Jaan_Tonisson_(Lasteleht), lk 540
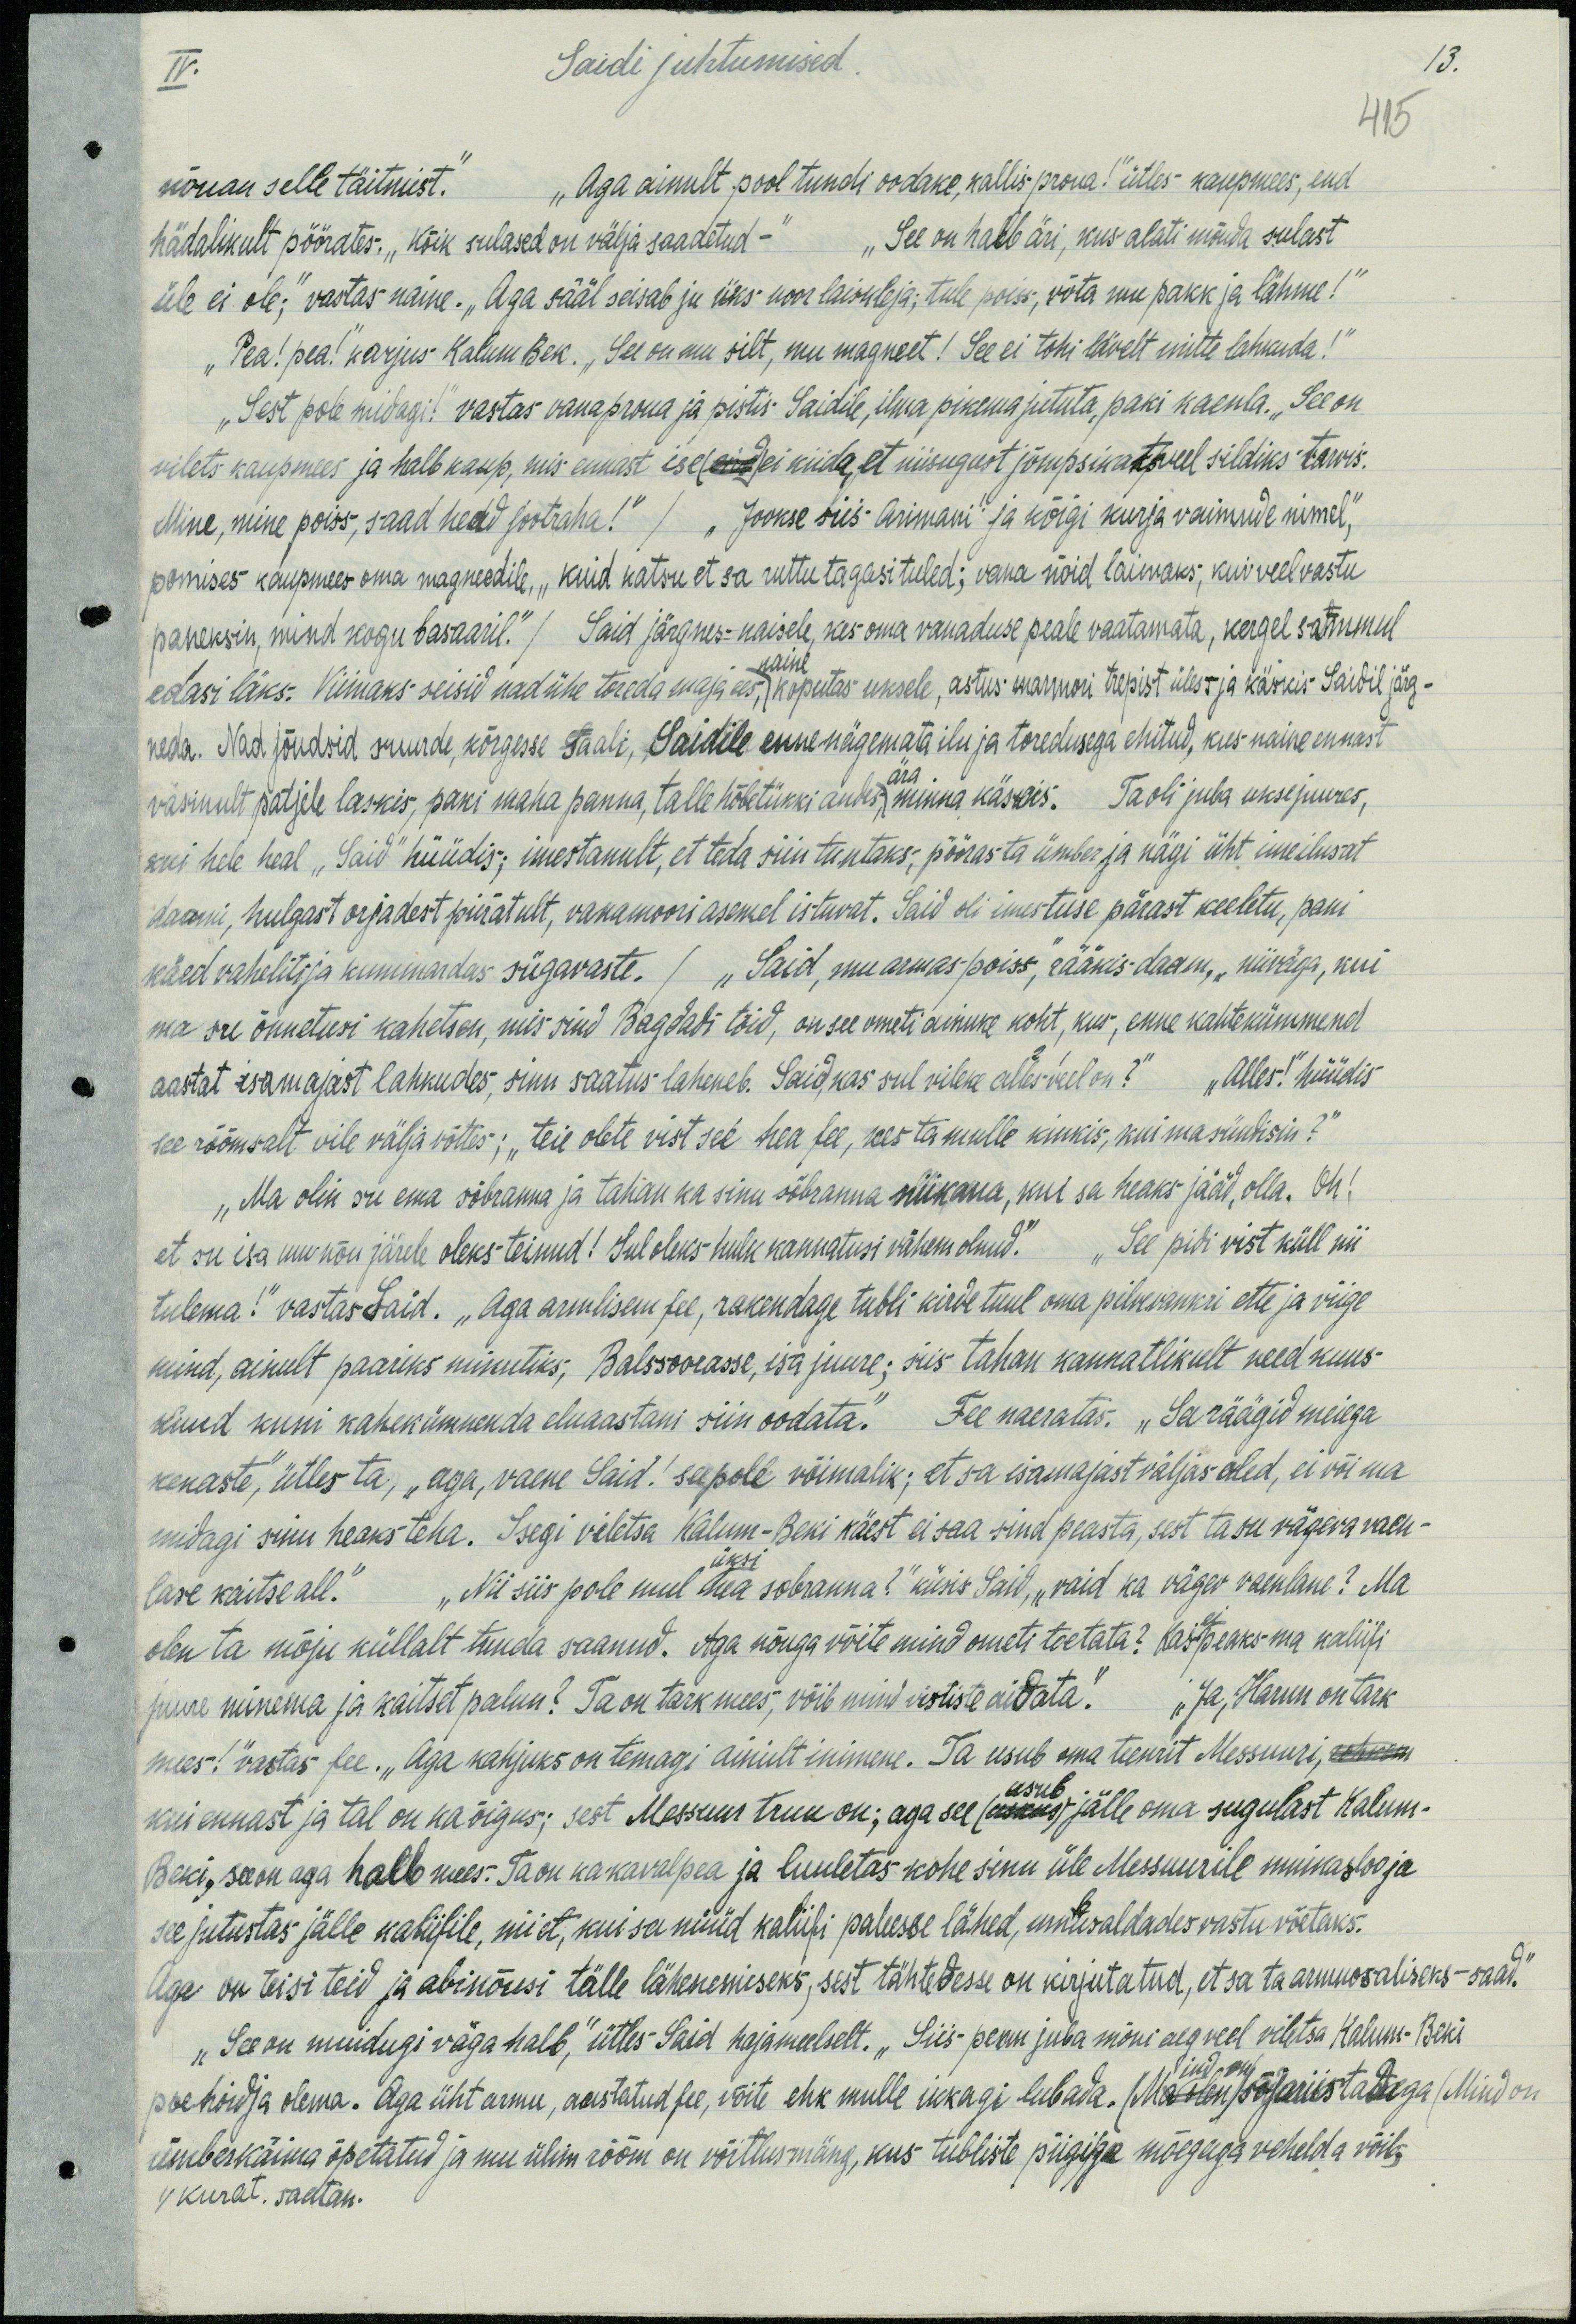
IV.
Saidi juhtumised.
13.
415
nõuan selle täitmist. "Aga ainult pool tundi oodake, kallis proua!" ütles kaupmees, end
hädalikult pöörates. „kõik sulased on välja saadetud-" "See on halb äri, kus alati mõnda sulast
üle ei ole;" vastas naine. „Aga sääl seisab ju üks noor laiskleja, tule poiss, võta mu pakk ja lähme!“
"Pea! pea!" karjus Kalum Bek. "See on mu silt, mu magneet! See ei tohi lävelt mitte lahkuda!"
"Sest pole midagi!" vastas vanaproua ja pistis Saidile, ilma pikema jututa, paki kaenla. "See on
vilets kaupmees ja halb kaup, mis ennast ise ei kiida, et niisugust jõmpsikat veel sildiks tarvis
Mine, mine poiss, saad head jootraha!" /  "Jooske siis "Arimani" ja kõigi kurja vaimude nimel,"
pomises kaupmees oma magneedile, „kuid katsu et sa ruttu tagasi tuled; vana nõid laimaks, kui veel vastu
paneksin, mind kogu basaaril." / Said järgnes naisele, kes oma vanaduse peale vaatamata, kergel sammul
edasi läks. Viimaks seisid nad ühe toreda maja ees, koputas uksele, astus marmori trepist üles- ja käskis Saibil järg-
naine
neda. Nad jõudsid suurde, kõrgesse saali, Saidile enne nägemata ilu ja toredusega ehitud, kus naine ennast
väsinult patjele laskis, pani maha panna, talle hõbetükki andis minna käskis. Ta oli juba uksejuures,
ära
kui hele heal "Said" hüüdis; imestanult, et teda siin tuntaks, pööras ta ümber ja nägi üht imeilusat
daami, hulgast orjadest piiratult, vanamoori asemel istuvat. Said oli imestuse pärast keeletu, pani
käed vaheliti ja kummardas sügavaste. / "Said, mu armas poiss, rääkis daam, „niiväga, kui
ma su õnnetusi kahetsen, mis sind Bagdadi tõid, on see ometi ainuke koht, kus, enne kahtekümmend
aastat isamajast lahkudes, sinu saatus laheneb. Said kas sul vileke alles-veel on?" "Alles!" hüüdis
see rõõmsalt vile väljavõttes; "teie olete vist see hea fee, kes ta mulle kinkis, kui ma sündisin?"
„Ma olin su ema sõbranna ja tahan ka sinu sõbranna niikaua, kui sa heaks jääd, olla. Oh!
et su isa mu nõu järele oleks teinud! Sul oleks hulk kannatusi vähem olnud." "See pidi vist küll nii
tulema!" vastas Said. „Aga armulisem fee, rakendage tubli kirdetuul oma piksevankri ette ja viige
mind, ainult paariks minutiks, Balssoorasse, isa juure; siis tahan kannatlikult need kuus-
kuud kuni kahekümmenda eluaastani siin oodata." Fee naeratas. „Sa räägid meiega
kenaste," ütles ta, „aga, vaene Said! see pole võimalik; et sa isamajast väljas oled, ei või ma
midagi sinu heaks teha. Isegi viletsa Kalum-Beki käest ei saa sind peasta, sest ta su vägeva vaen-
üksi
lase kaitse all.“ "Nii siis pole mul hea sõbranna?" küsis Said, "vaid ka vägev vaenlane? Ma
olen ta mõju küllalt tunda saanud. Aga nõuga võite mind ometi toetata? Kas ei peaks ma kaliifi
juure minema ja kaitset palun? Ta on tark mees, võib mind vististe aidata." "Ja, Harun on tark-
mees!" vastas fee. „Aga kahjuks on temagi ainult inimene. Ta usub oma teenrit Messuuri,
kui ennast ja tal on ka õigus; sest Messuur truu on; aga see (usub) jälle oma sugulast Kalum-
Beki, see on aga halb mees. Ta on kakavalpea ja luuletas kohe sinu üle Messuurile muinasloo ja
see jutustas jälle kaliifile, nii et, kui sa nüüd kaliifi paleesse lähed, umbusaldades vastu võetaks.
Aga on teisi teid ja abinõusi tälle lähenemiseks, sest tähtedesse on kirjutatud, et sa ta armuosaliseks - saad."
"See on muidugi väga halb," ütles Said hajameelselt. "Siis-pean juba mõni aeg veel viltsa Kalum-Beki
poe hoidja olema. Aga üht armu, austatud fee, võite ehk mulle ikkagi lubada. (mind on) sõjariistadega (Mind on
ümberkäima õpetatud ja mu ülim rõõm on võitlusmäng, kus tubliste piigiga mõegaga vehelda võiks
1) kurat. saatan.